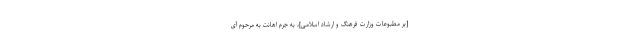
[بر مطبوعات وزارت فرهنگ و ارشاد اسلامی]، به جرم اهانت به مرحوم آی